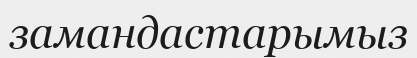
замандастарымыз